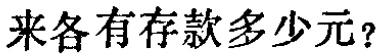
原来各有存款多少元？